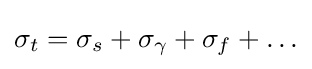
\sigma _{t}=\sigma _{s}+\sigma _{\gamma }+\sigma _{f}+\ldots